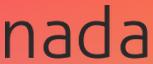
nada